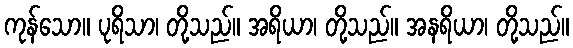
ကုန်သော။ ပုရိသာ၊ တို့သည်။ အရိယာ၊ တို့သည်။ အနရိယာ၊ တို့သည်။